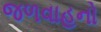
જળવાહનો